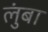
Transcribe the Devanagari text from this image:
लुंबा